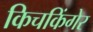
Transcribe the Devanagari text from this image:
किचकिंगेर